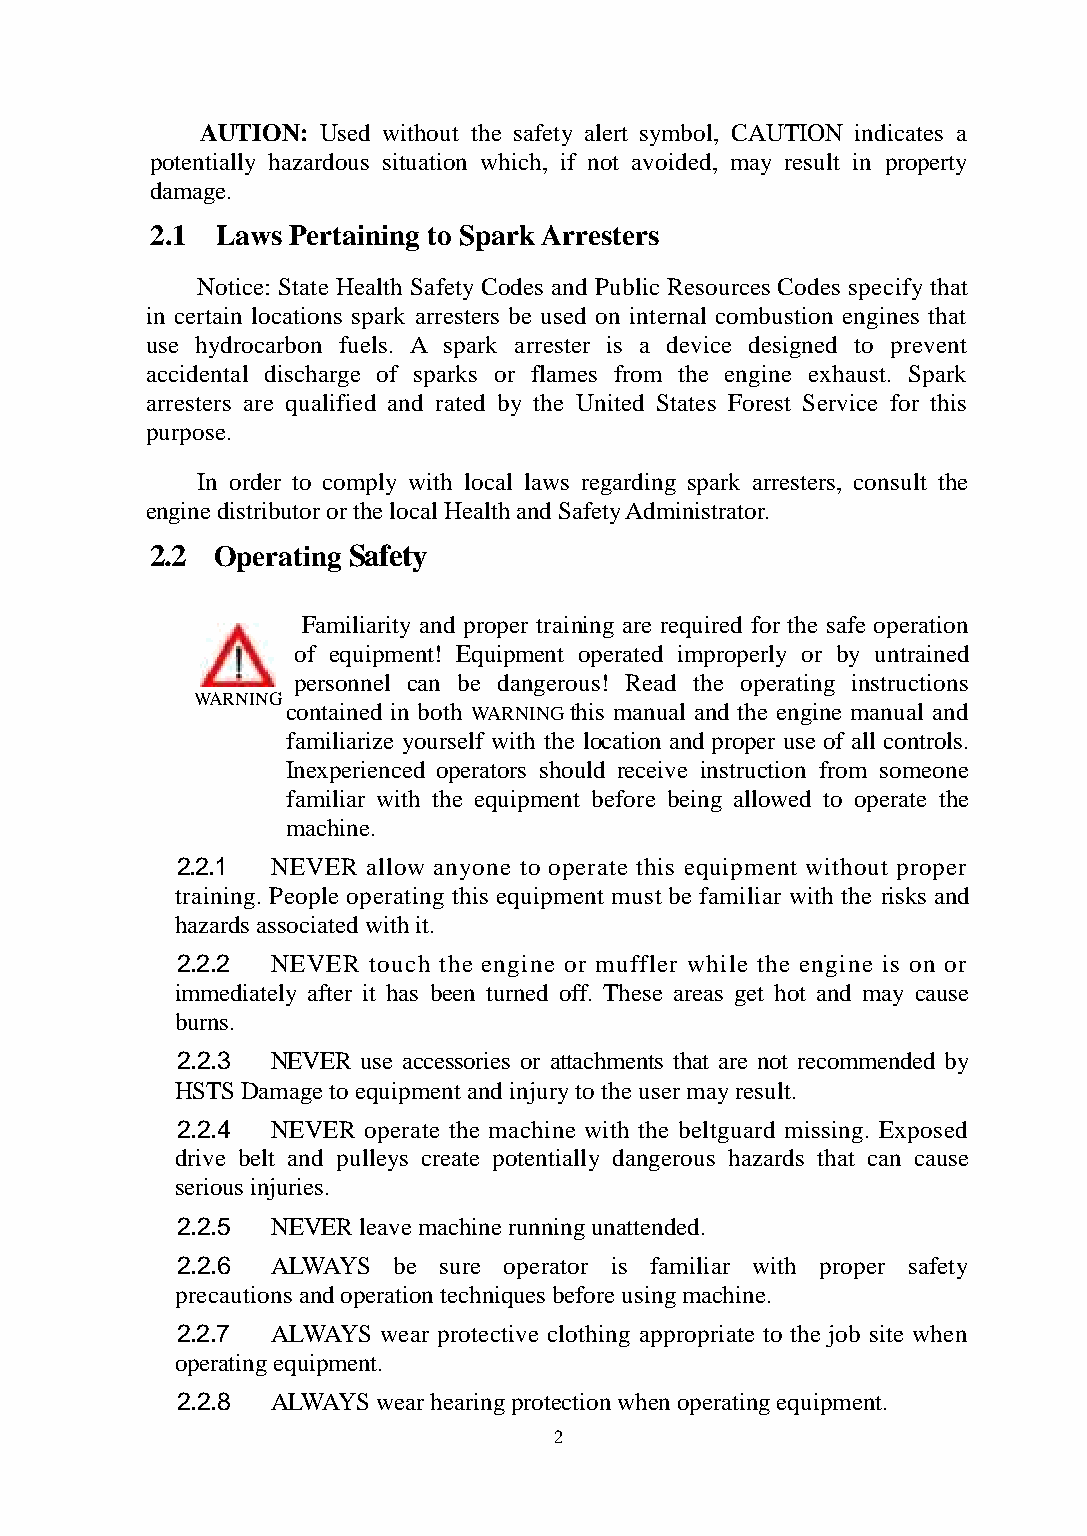
AUTION: Used without the safety alert symbol, CAUTION indicates a
 potentially hazardous situation which, if not avoided, may result in property
 damage.
 2.1 Laws Pertaining to Spark Arresters
 Notice: State Health Safety Codes and Public Resources Codes specify that
 in certain locations spark arresters be used on internal combustion engines that
 use hydrocarbon fuels. A spark arrester is a device designed to prevent
 accidental discharge of sparks or flames from the engine exhaust. Spark
 arresters are qualified and rated by the United States Forest Service for this
 purpose.
 In order to comply with local laws regarding spark arresters, consult the
 engine distributor or the local Health and Safety Administrator.
 2.2 Operating Safety
 Familiarity and proper training are required for the safe operation
 of equipment! Equipment operated improperly or by untrained
 personnel can be dangerous! Read the operating instructions
 WARNING
 contained in both WARNING this manual and the engine manual and
 familiarize yourself with the location and proper use of all controls.
 Inexperienced operators should receive instruction from someone
 familiar with the equipment before being allowed to operate the
 machine.
 2.2.1 NEVER allow anyone to operate this equipment without proper
 training. People operating this equipment must be familiar with the risks and
 hazards associated with it.
 2.2.2 NEVER touch the engine or muffler while the engine is on or
 immediately after it has been turned off. These areas get hot and may cause
 burns.
 2.2.3 NEVER use accessories or attachments that are not recommended by
 HSTS Damage to equipment and injury to the user may result.
 2.2.4 NEVER operate the machine with the beltguard missing. Exposed
 drive belt and pulleys create potentially dangerous hazards that can cause
 serious injuries.
 2.2.5 NEVER leave machine running unattended.
 2.2.6 ALWAYS  be sure operator is familiar with proper safety
 precautions and operation techniques before using machine.
 2.2.7 ALWAYS wear protective clothing appropriate to the job site when
 operating equipment.
 2.2.8 ALWAYS wear hearing protection when operating equipment.
 2